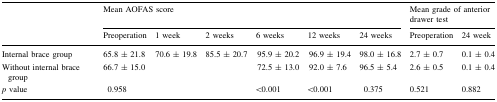
<table><thead><tr><td rowspan="2">[EMPTY_CELL]</td><td colspan="6"><b>Mean AOFAS score</b></td><td colspan="2"><b>Mean grade of anterior drawer test</b></td></tr><tr><td><b>Preoperation</b></td><td><b>1 week</b></td><td><b>2 weeks</b></td><td><b>6 weeks</b></td><td><b>12 weeks</b></td><td><b>24 weeks</b></td><td><b>Preoperation</b></td><td><b>24 week</b></td></tr></thead><tbody><tr><td>Internal brace group</td><td>65.8 ± 21.8</td><td>70.6 ± 19.8</td><td>85.5 ± 20.7</td><td>95.9 ± 20.2</td><td>96.9 ± 19.4</td><td>98.0 ± 16.8</td><td>2.7 ± 0.7</td><td>0.1 ± 0.4</td></tr><tr><td>Without internal brace group</td><td>66.7 ± 15.0</td><td>[EMPTY_CELL]</td><td>[EMPTY_CELL]</td><td>72.5 ± 13.0</td><td>92.0 ± 7.6</td><td>96.5 ± 5.4</td><td>2.6 ± 0.5</td><td>0.1 ± 0.4</td></tr><tr><td><i>p</i> value</td><td>0.958</td><td>[EMPTY_CELL]</td><td>[EMPTY_CELL]</td><td>&lt;0.001</td><td>&lt;0.001</td><td>0.375</td><td>0.521</td><td>0.882</td></tr></tbody></table>